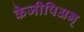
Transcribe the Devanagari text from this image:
केजीपिअन्